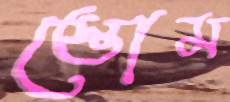
স্তোম